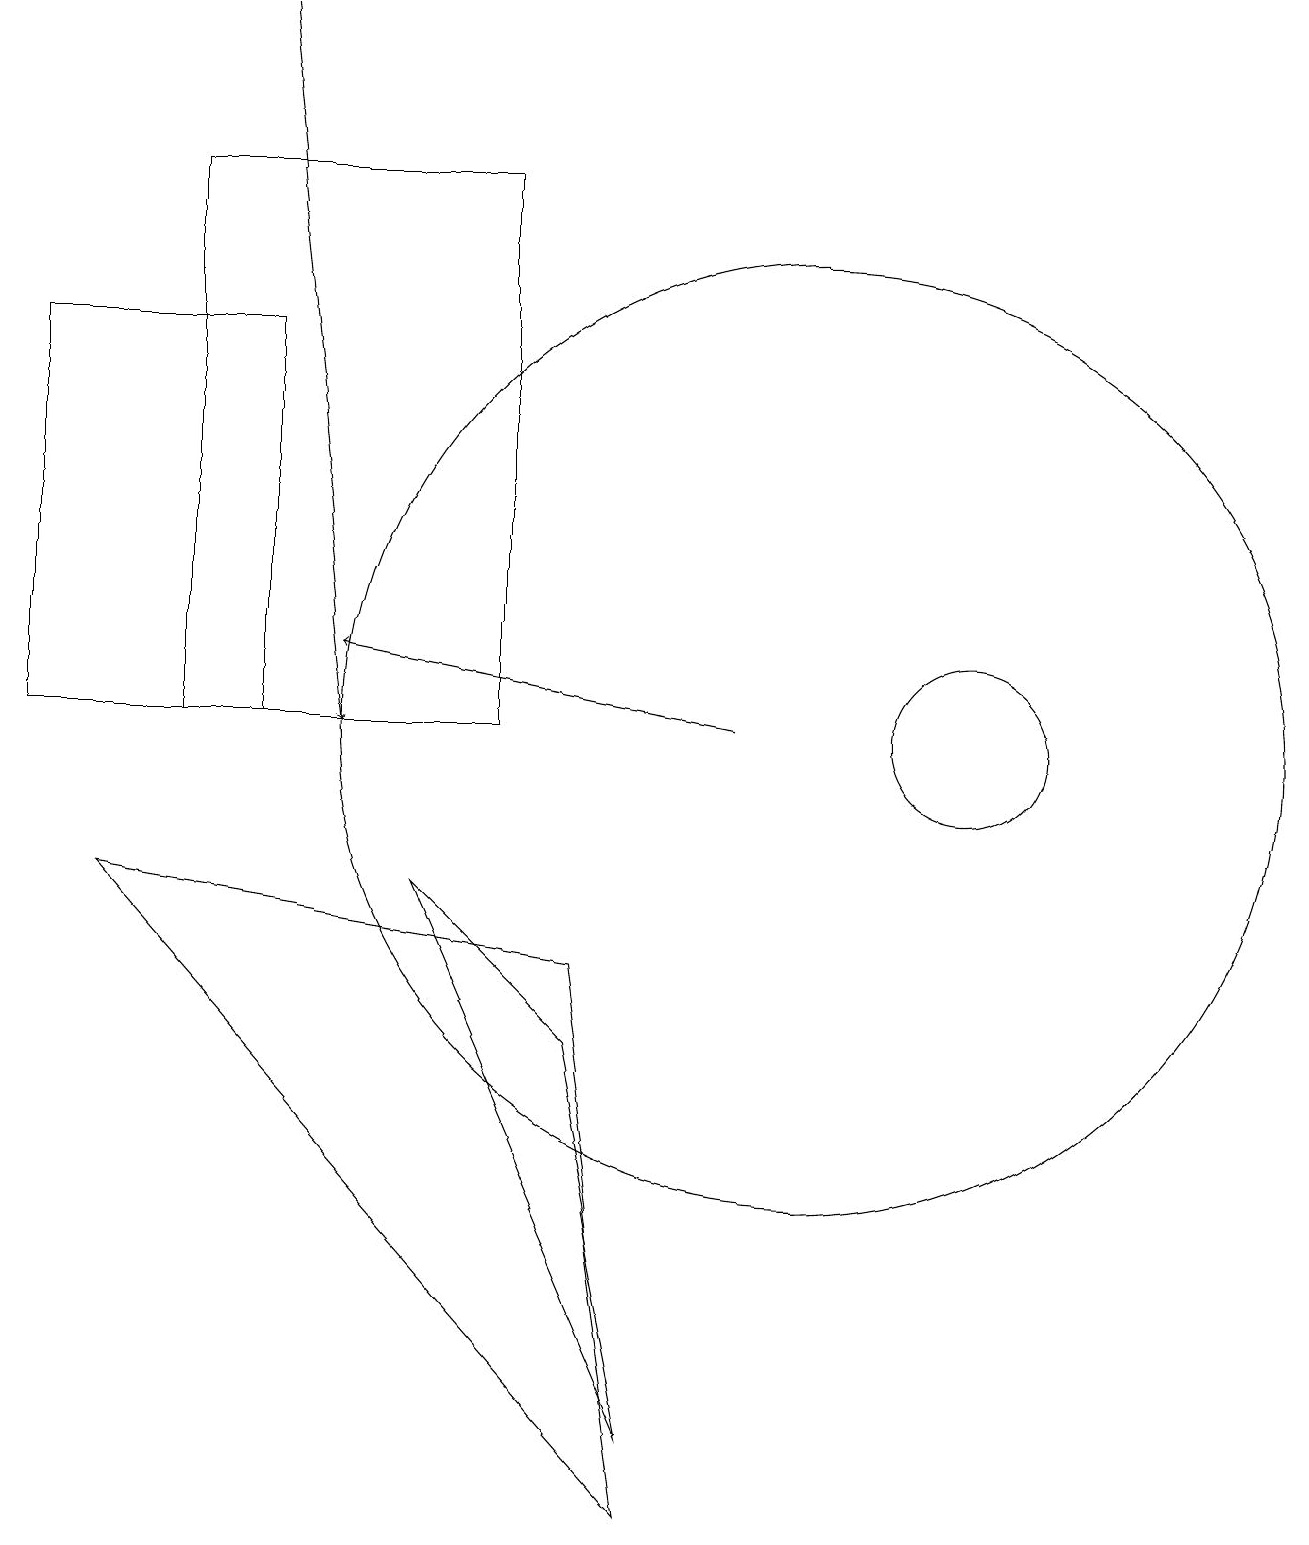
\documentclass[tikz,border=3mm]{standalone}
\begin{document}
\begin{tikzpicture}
\draw[->] (9,10) -- (4,11);
\draw (3,10) rectangle (0,15);
\draw (12,10) circle (1);
\draw (2,17) rectangle (6,10);
\draw (8,1) -- (7,6) -- (5,8) -- cycle;
\draw (10,10) circle (6);
\draw (1,8) -- (8,0) -- (7,7) -- cycle;
\draw[->] (3,19) -- (4,10);
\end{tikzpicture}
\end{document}